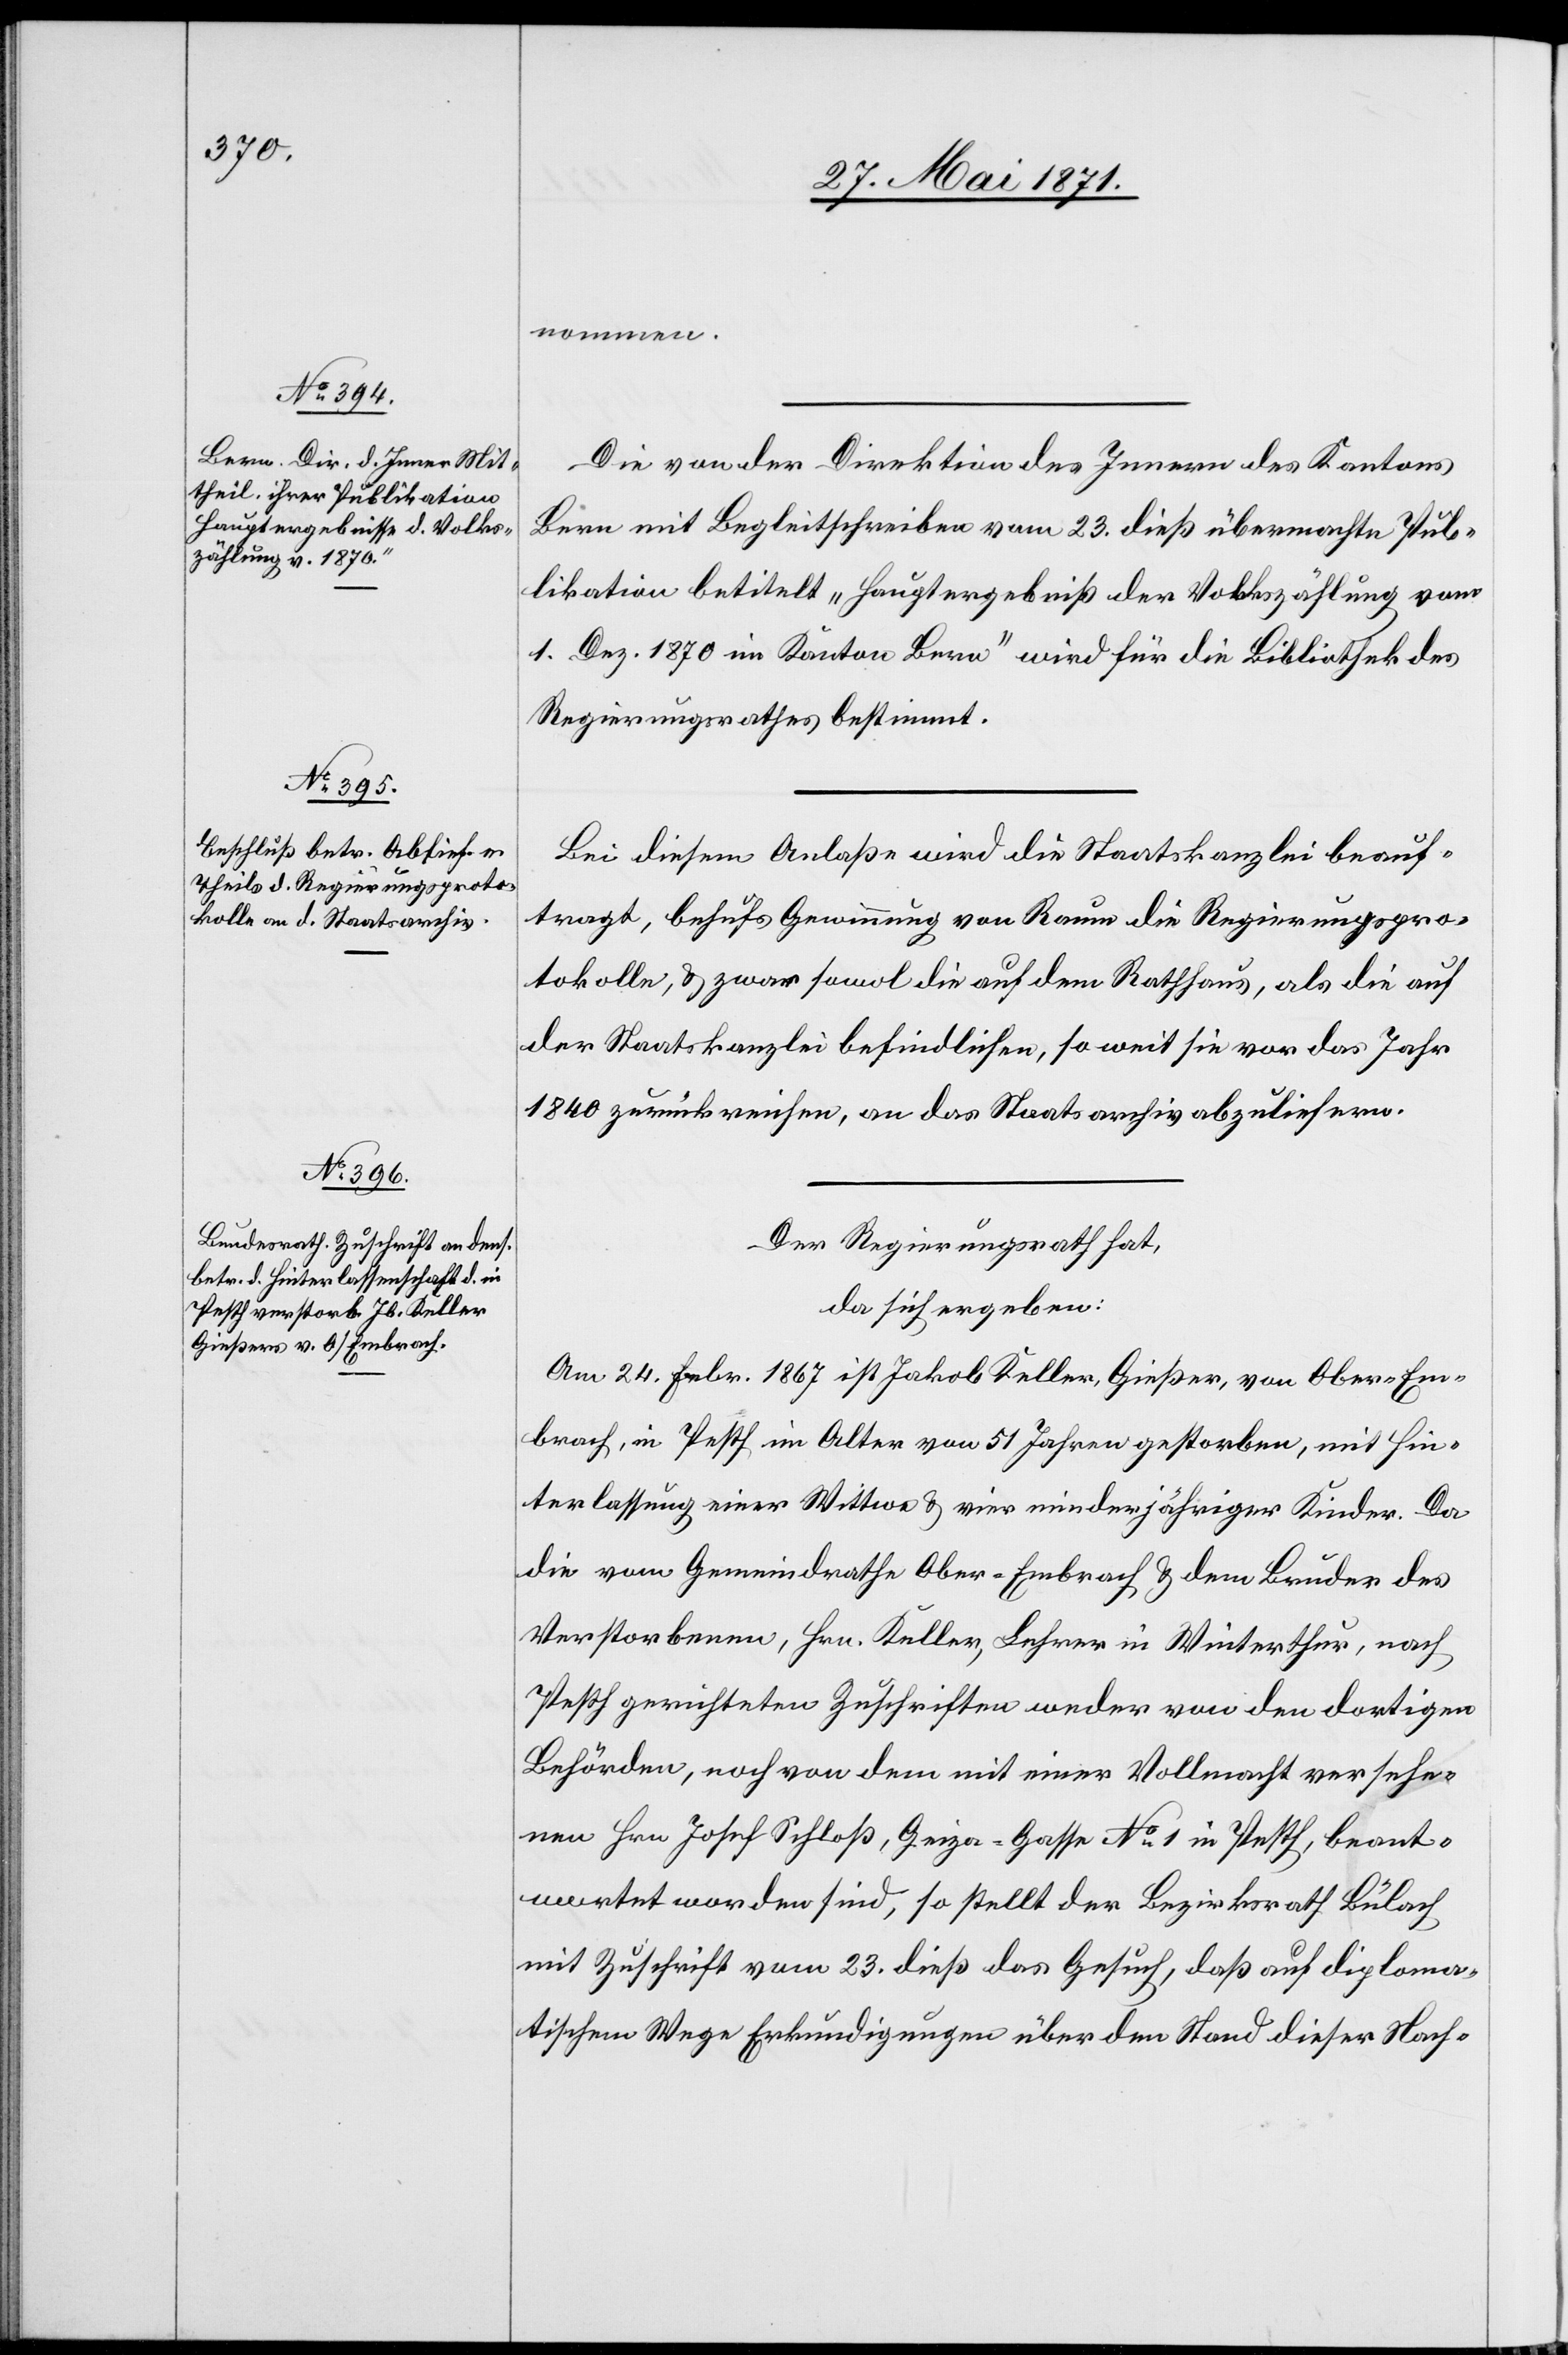
nommen.
Die von der Direktion des Innern des Kantons
Bern mit Begleitschreiben vom 23. dieß übermachte Pub¬
likation betitelt „Hauptergebniß der Volkszählung vom
1. Dez. 1870 im Kanton Bern“ wird für die Bibliothek des
Regierungsrathes bestimmt.
Bei diesem Anlaße wird die Staatskanzlei beauf¬
tragt, behufs Gewinnung von Raum die Regierungspro¬
tokolle, u. zwar sowol die auf dem Rathhaus, als die auf
der Staatskanzlei befindlichen, so weit sie vor das Jahr
1840 zurückreichen, an das Staatsarchiv abzuliefern.
Der Regierungsrath hat,
da sich ergeben:
Am 24. Febr. 1867 ist Jakob Keller, Gießer, von Ober-Em¬
brach, in Pesth im Alter von 51 Jahren gestorben, mit Hin¬
terlassung einer Wittwe u. vier minderjähriger Kinder. Da
die vom Gemeindrathe Ober-Embrach u. dem Bruder des
Verstorbenen, Hrn. Keller, Lehrer in Winterthur, nach
Pesth gerichteten Zuschriften weder von den dortigen
Behörden, noch von dem mit einer Vollmacht versehe¬
nen Hrn Josef Schloß, Geiza-Gasse No. 1 in Pesth, beant¬
wortet worden sind, so stellt der Bezirksrath Bülach
mit Zuschrift vom 23. dieß das Gesuch, daß auf diploma¬
tischem Wege Erkundigungen über den Stand dieser Nach-